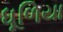
ધૂળિયા